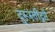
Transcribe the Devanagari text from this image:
दुरूस्तीद्वारे